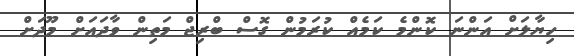
ހިޔާލަށް އަންނަ ކޮންމެ ކަމެއް ކުރަމުން ގޮސް ބްރިޖް މަތިން ވާދައަށް މޫދަށް